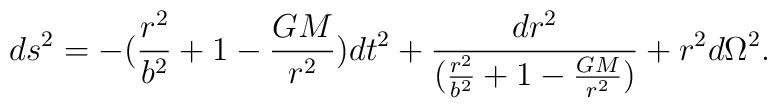
ds^2 = -({r^2 \over b^2} + 1 - {GM \over r^2})dt^2 + {dr^2 \over({r^2 \over b^2} + 1 - {GM \over r^2})} + r^2 d \Omega ^2 .